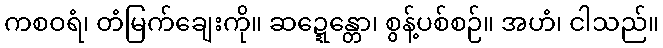
ကစဝရံ၊ တံမြက်ချေးကို။ ဆဍ္ဍေန္တော၊ စွန့်ပစ်စဉ်။ အဟံ၊ ငါသည်။